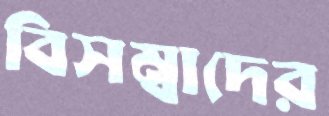
বিসম্বাদের